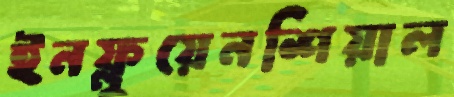
ইনফ্লুয়েনশিয়াল